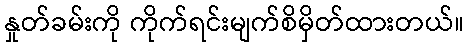
နှုတ်ခမ်းကို ကိုက်ရင်းမျက်စိမှိတ်ထားတယ်။